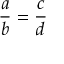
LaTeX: { \frac { a } { b } } = { \frac { c } { d } }